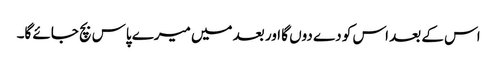
اس کے بعد اس کو دے دوں گا اور بعد میں میرے پاس بچ جائے گا۔